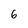
Character: 6